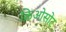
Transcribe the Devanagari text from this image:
क्रिओसोट